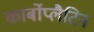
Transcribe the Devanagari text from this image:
कार्बोप्लैटिन